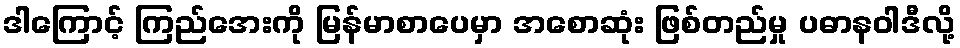
ဒါကြောင့် ကြည်အေးကို မြန်မာစာပေမှာ အစောဆုံး ဖြစ်တည်မှု ပဓာနဝါဒီလို့